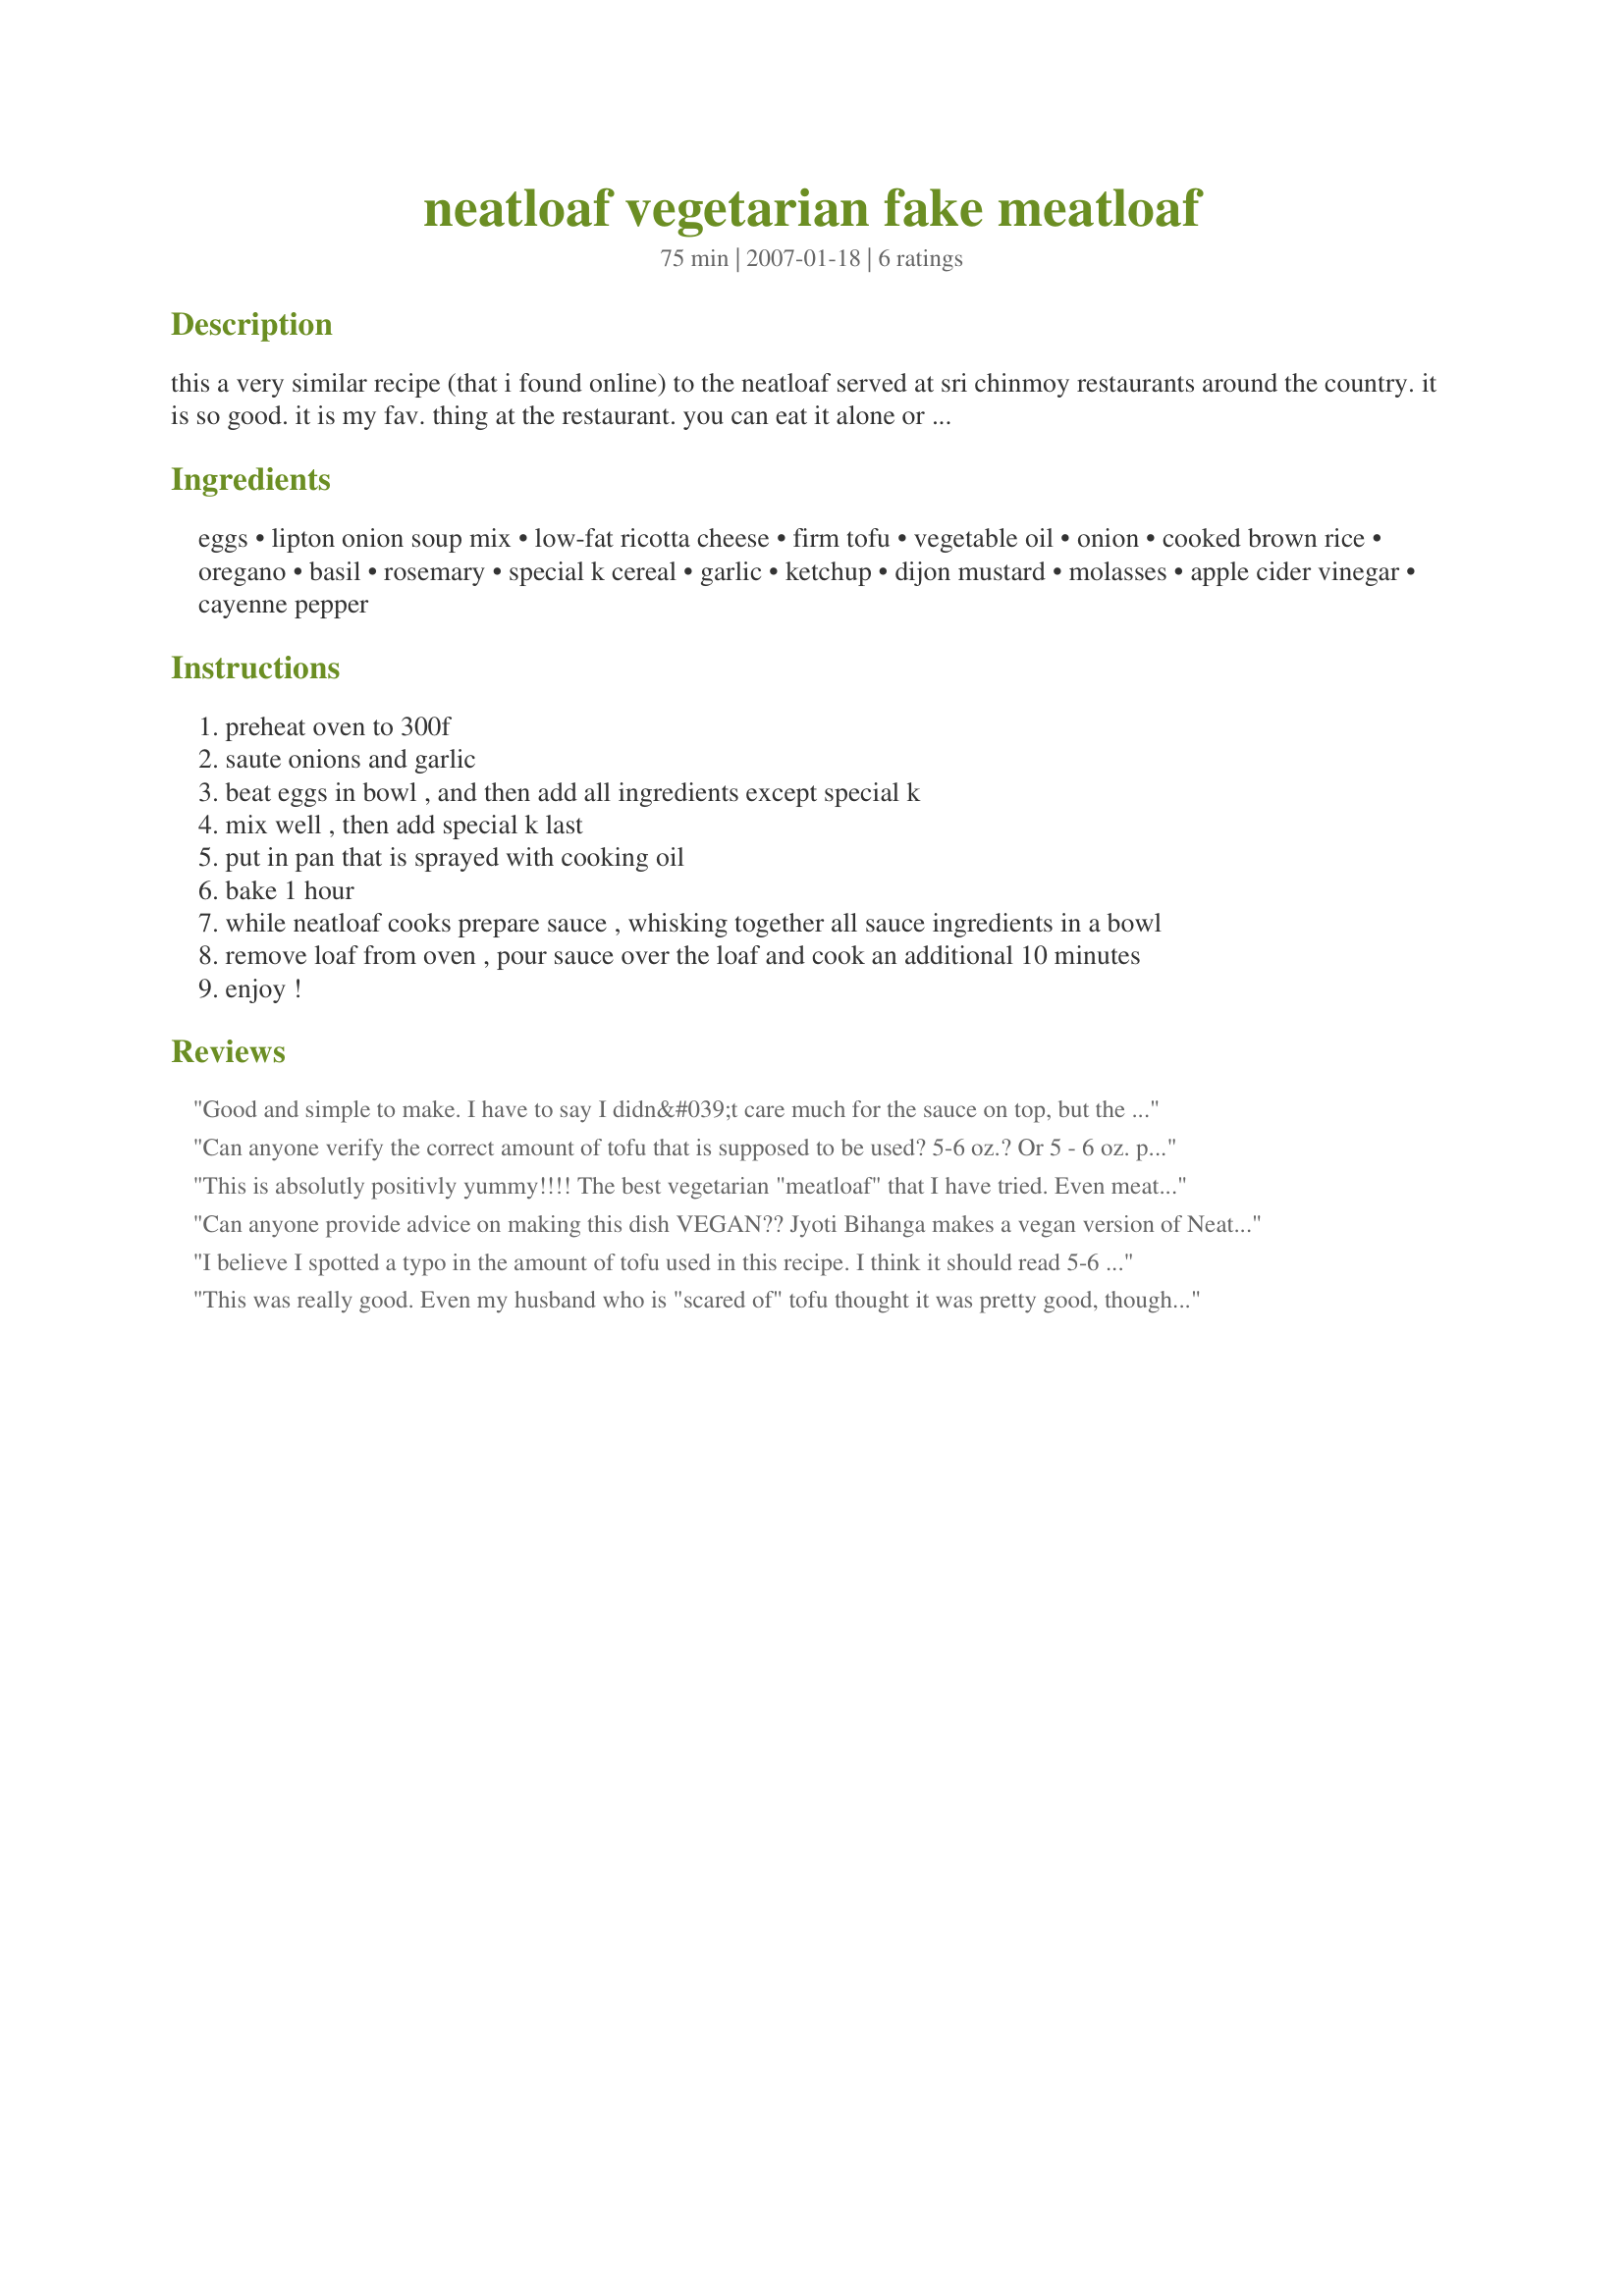
neatloaf vegetarian fake meatloaf
Preparation time: 75 minutes

this a very similar recipe (that i found online) to the neatloaf served at sri chinmoy restaurants around the country. it is so good. it is my fav. thing at the restaurant. you can eat it alone or on a sandwich with tomatoes and lettuce, etc.) enjoy!

note**** not sure if lipton onion soup mix is veggie but you can also use any other veggie dry soup mix that doesn't have beef bouillon - check at your grocery store for vegetarian dry soup mixes - or try one of these recipezaar recipes for onion soup mix substituting beef bouillon with vegetable bouillon #186221 or #24952

(fyi - after i posted this another zaar member (thanks philocrates) - wrote to let me know that lipton onion soup is vegan after all - http://www.petakids.com/accvegan.html)

Ingredients:
eggs, lipton onion soup mix, low-fat ricotta cheese, firm tofu, vegetable oil, onion, cooked brown rice, oregano, basil, rosemary, special k cereal, garlic, ketchup, dijon mustard, molasses, apple cider vinegar, cayenne pepper

Steps:
preheat oven to 300f
saute onions and garlic
beat eggs in bowl , and then add all ingredients except special k
mix well , then add special k last
put in pan that is sprayed with cooking oil
bake 1 hour
while neatloaf cooks prepare sauce , whisking together all sauce ingredients in a bowl
remove loaf from oven , pour sauce over the loaf and cook an additional 10 minutes
enjoy !

Reviews:
Good and simple to make. I have to say I didn&#039;t care much for the sauce on top, but the loaf itself was good! This will be a fun recipe to play around with. Thanks for sharing the recipe.
Can anyone verify the correct amount of tofu that is supposed to be used? 5-6 oz.? Or 5 - 6 oz. packages?
This is absolutly positivly yummy!!!! The best vegetarian "meatloaf" that I have tried. Even meat eaters will like it.
Can anyone provide advice on making this dish VEGAN?? Jyoti Bihanga makes a vegan version of Neatloaf...and I would like to make this for Thanksgiving. Thanks!!
I believe I spotted a typo in the amount of tofu used in this recipe. I think it should read 5-6 ounces of tofu. As it is, it appears as 5 (6 oz.) packages of tofu, which would be 30 oz. of tofu. Definitely too much for the recipe. The following instruction : 13/-1/2 block of tofu mashed appears to clarify, but someone should edit the recipe to avoid confusion. Thanks.
This was really good. Even my husband who is "scared of" tofu thought it was pretty good, though the texture was still a bit "spongy" for him. We found that the sauce was pretty strongly flavored, but that it worked well with the loaf, which was not very strongly flavored (even with a whole packet of the onion soup mix). My 14yo liked it, and my 6yo liked the loaf but not the sauce.

I found some of the instructions confusing. For example, the ingredients call for 1.5 Tbsp of garlic, which is an odd way to measure garlic, other than powder, which I assume wasn't intended, since it was to be sauteed with the onion. I ended up using 3 cloves, and minced them, and added them to the onions after they were mostly done. Also it was unclear whether the oil used in sauteeing the onions was to come out of the 1/4 cup of vegetable oil or not -- I didn't measure what I used to sautee, but then didn't fill my measuring cup right to the top when measuring the 1/4 cup later.

Finally, I'll just add that it took me longer than advertised to make it. The recipe includes 1 hour and 10 minutes of cook time, and it took me about 1/2 hour total prep time to do the chopping, sauteeing, measuring, mixing and placing into the loaf pan. (Dinner was also late because I once again forgot to cook the rice in advance!)
